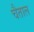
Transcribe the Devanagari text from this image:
चैताल